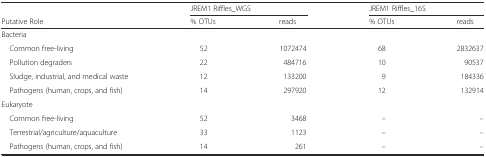
|  | <COLSPAN=2> JREM1 Riffles_WGS | <COLSPAN=2> JREM1 Riffles_16S |
 | Putative Role | % OTUs | reads | % OTUs | reads |
 | --- | --- | --- | --- | --- |
 | <COLSPAN=5> Bacteria |
 | Common free-living | 52 | 1072474 | 68 | 2832637 |
 | Pollution degraders | 22 | 484716 | 10 | 90537 |
 | Sludge, industrial, and medical waste | 12 | 133200 | 9 | 184336 |
 | Pathogens (human, crops, and fish) | 14 | 297920 | 12 | 132914 |
 | <COLSPAN=5> Eukaryote |
 | Common free-living | 52 | 3468 | – | – |
 | Terrestrial/agriculture/aquaculture | 33 | 1123 | – | – |
 | Pathogens (human, crops, and fish) | 14 | 261 | – | – |